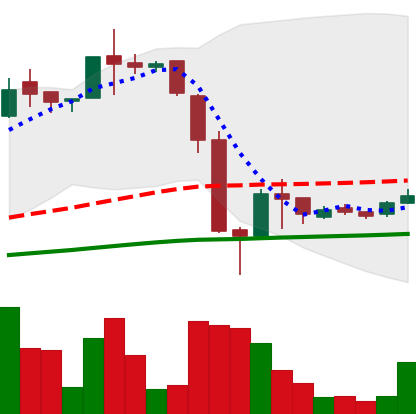
Ticker: LTC-USD
Chart end date: 2016-07-01
Forward return: 4.987%
Label: up_3_5